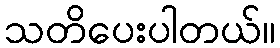
သတိပေးပါတယ်။